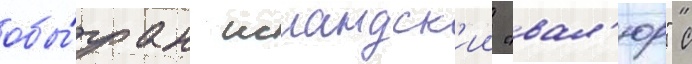
обы́гран исландск'ии "вал'юр" с